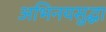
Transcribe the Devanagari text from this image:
अभिनयसुद्धा